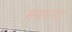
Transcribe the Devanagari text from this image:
मनचन्दा